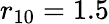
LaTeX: r_{10}=1.5